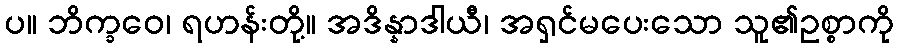
ပ။ ဘိက္ခဝေ၊ ရဟန်းတို့။ အဒိန္နာဒါယီ၊ အရှင်မပေးသော သူ၏ဥစ္စာကို